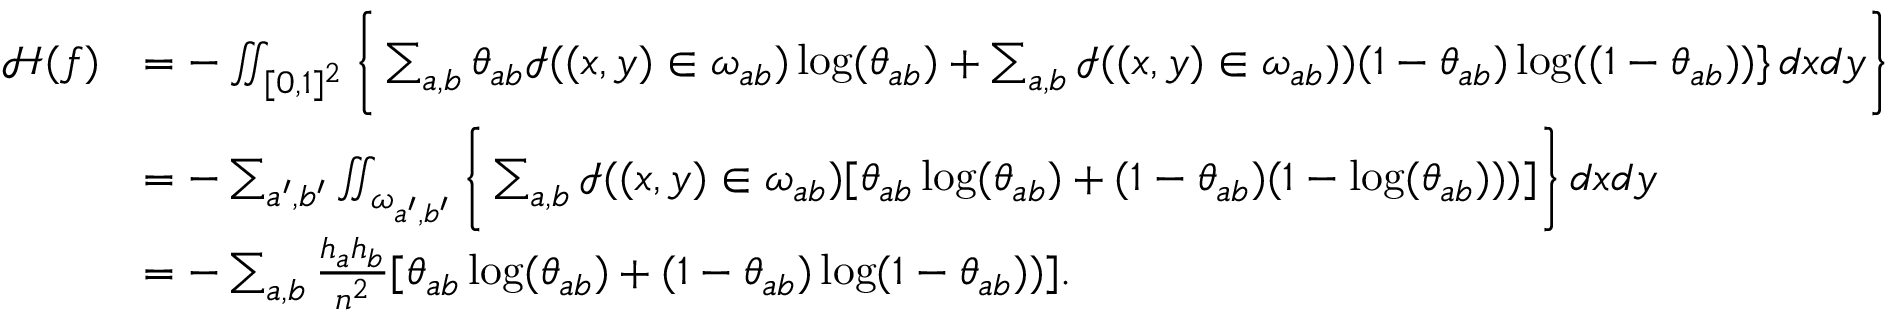
\begin{array} { r l } { { \mathcal { H } } ( f ) } & { = - \iint _ { [ 0 , 1 ] ^ { 2 } } \Bigg \{ \sum _ { a , b } \theta _ { a b } \mathcal { I } ( ( x , y ) \in \omega _ { a b } ) \log ( \theta _ { a b } ) + \sum _ { a , b } \mathcal { I } ( ( x , y ) \in \omega _ { a b } ) ) ( 1 - \theta _ { a b } ) \log ( ( 1 - \theta _ { a b } ) ) \} \, d x d y \Bigg \} } \\ & { = - \sum _ { a ^ { \prime } , b ^ { \prime } } \iint _ { \omega _ { a ^ { \prime } , b ^ { \prime } } } \Bigg \{ \sum _ { a , b } \mathcal { I } ( ( x , y ) \in \omega _ { a b } ) [ \theta _ { a b } \log ( \theta _ { a b } ) + ( 1 - \theta _ { a b } ) ( 1 - \log ( \theta _ { a b } ) ) ) ] \Bigg \} \, d x d y } \\ & { = - \sum _ { a , b } \frac { h _ { a } h _ { b } } { n ^ { 2 } } [ \theta _ { a b } \log ( \theta _ { a b } ) + ( 1 - \theta _ { a b } ) \log ( 1 - \theta _ { a b } ) ) ] . } \end{array}